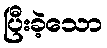
ပြီးခဲ့သော